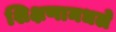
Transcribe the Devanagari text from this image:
शिक्षणामधले